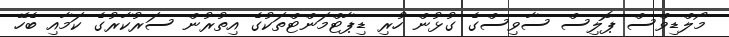
މޯލްޑިވްސް ޕޮލިސް ސާވިސްގެ ގުޅުން ހުރި ޑިޕާޓްމަންޓްތަކުގެ އިތުރުން ސަރުކާރުގެ ކަމާއި ބެހޭ